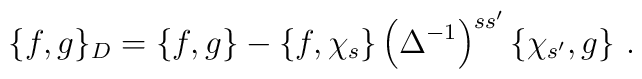
\{f,g\}_D=\{f,g\}-\{f,\chi_s\}\left(\Delta^{-1}\right)^{ss'}\{\chi_{s'},g\}\ .